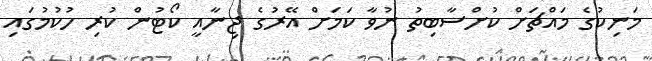
މަނިކުގެ މައްޗަށް ކުށްސާބިތު ނުވާ ކަމަށް އޭރުގެ ޖިނާއީ ކޯޓުން ކުރި ހުުކުމުގައި